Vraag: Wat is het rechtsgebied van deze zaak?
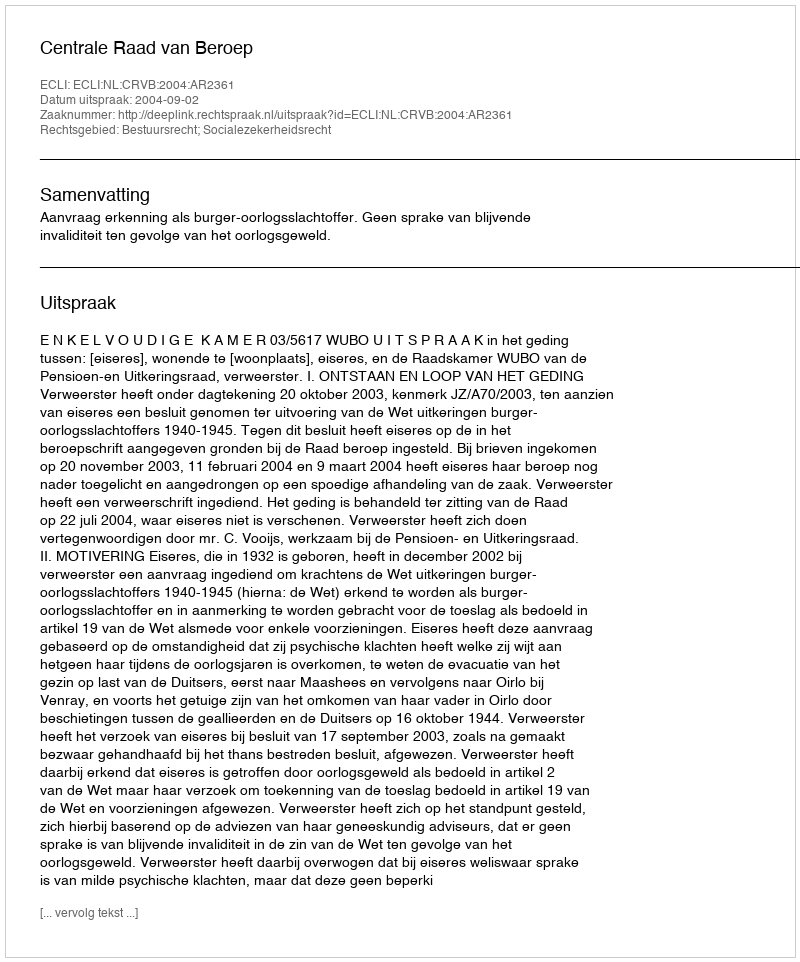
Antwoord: Bestuursrecht; Socialezekerheidsrecht